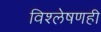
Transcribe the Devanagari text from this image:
विश्‍लेषणही